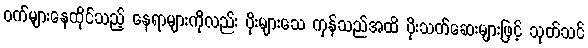
ဝက်များနေထိုင်သည့် နေရာများကိုလည်း ပိုးများသေ ကုန်သည်အထိ ပိုးသတ်ဆေးများဖြင့် သုတ်သင်